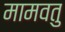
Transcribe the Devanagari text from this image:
मामवतु